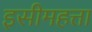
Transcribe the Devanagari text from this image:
इसीमहत्ता